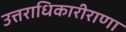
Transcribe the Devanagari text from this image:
उत्तराधिकारीराणा